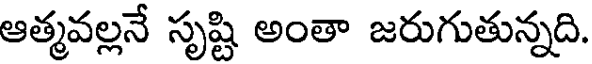
ఆత్మవల్లనే సృష్టి అంతా జరుగుతున్నది.